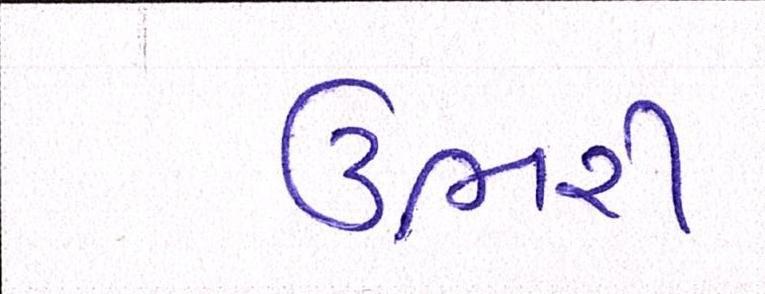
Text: ઉભરી